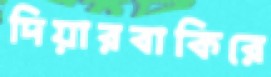
দিয়ারবাকিরে